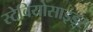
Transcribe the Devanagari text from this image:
स्टेवियोसाइड्स